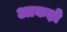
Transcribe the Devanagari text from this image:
आकड़ो